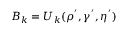
B _ { k } = U _ { k } ( \rho ^ { ' } , \gamma ^ { ' } , \eta ^ { ' } )